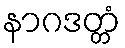
နာဂဒတ္တံ